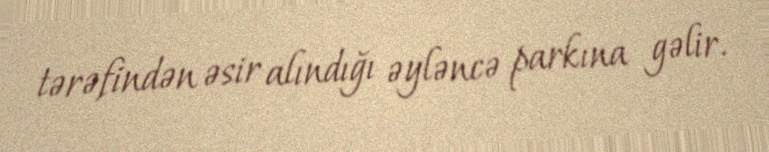
tərəfindən əsir alındığı əyləncə parkına gəlir.